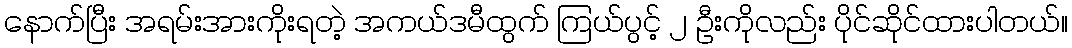
နောက်ပြီး အရမ်းအားကိုးရတဲ့ အကယ်ဒမီထွက် ကြယ်ပွင့် ၂ ဦးကိုလည်း ပိုင်ဆိုင်ထားပါတယ်။